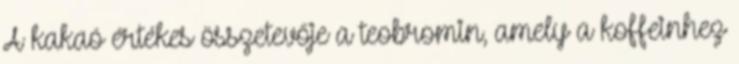
A kakaó értékes összetevője a teobromin, amely a koffeinhez